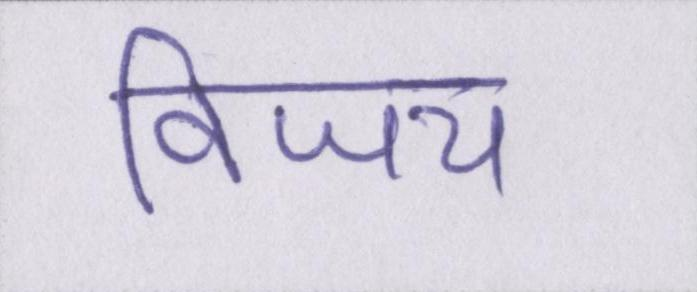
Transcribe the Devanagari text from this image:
विजय